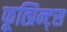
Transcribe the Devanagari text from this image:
फूत्प्रिन्ट्स